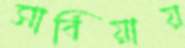
সার্বিয়ায়